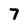
Character: 7